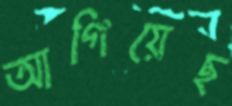
আগিয়েছ